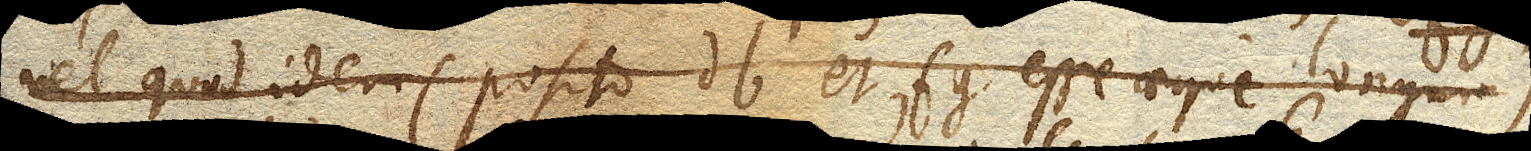
vel quod idem (posito db et fg esse aeque longum)